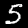
Digit: 5